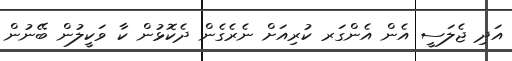
އަދި ޖެލަސީ އެން އެންގަރ ކުރިއަށް ނެރެގެން ދެކޮޅުން ކާ ވަކީލުން ބޭނުން